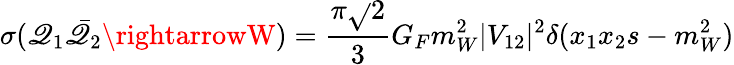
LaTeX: \sigma(\mathscr{Q}_{1}\bar{{\mathscr{Q}}}_{2}\rightarrowW)=\frac{{\pi\sqrt{}{{2}}}}{{3}}G_{F}m_{W}^{2}|V_{12}|^{2}\delta(x_{1}x_{2}s-m_{W}^{2})